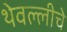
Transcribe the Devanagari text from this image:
थेवल्लीचे